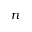
n